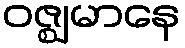
ဝဇ္ဈမာနေ